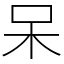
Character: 呆